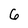
Character: 6